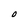
Character: O